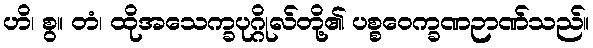
ဟိ၊ စွ။ တံ၊ ထိုအသေက္ခပုဂ္ဂိုလ်တို့၏ ပစ္စဝေက္ခဏဉာဏ်သည်။